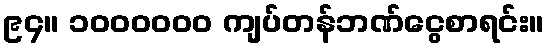
၉၄။ ၁၀၀၀၀၀၀ ကျပ်တန်ဘဏ်ငွေစာရင်း။